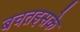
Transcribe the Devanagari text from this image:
बचतइसके